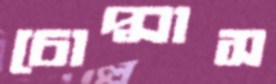
চোপ্‌সাস